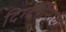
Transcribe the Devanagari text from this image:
दिग्दर्शनावर